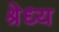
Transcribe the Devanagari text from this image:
श्रेध्य